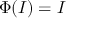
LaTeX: \Phi ( I ) = I